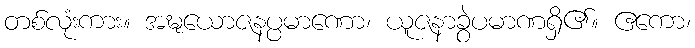
တစ်လုံးကား။ အဍ္ဎယောဇနပ္ပမာဏော၊ ယူဇနာခွဲပမာဏရှိ၏။ ဧကော၊